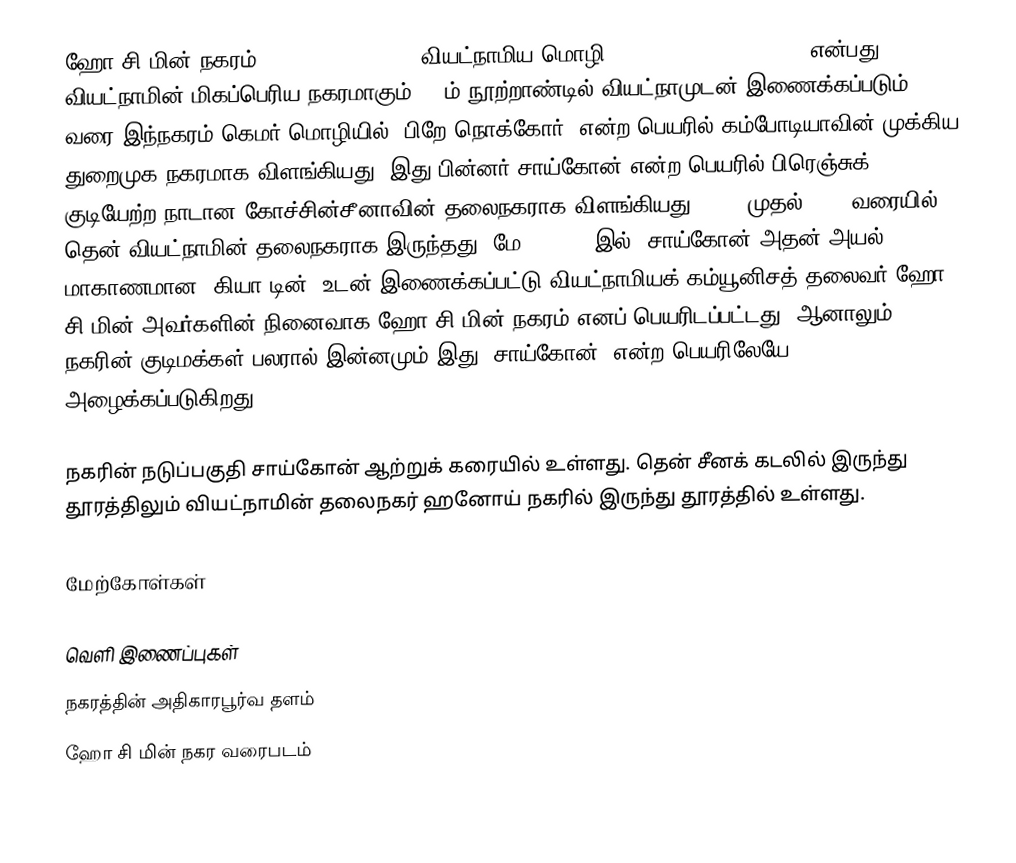
ஹோ சி மின் நகரம் (Ho Chi Minh City, வியட்நாமிய மொழி: Thành phố Hồ Chí Minh) என்பது வியட்நாமின் மிகப்பெரிய நகரமாகும். 17ம் நூற்றாண்டில் வியட்நாமுடன் இணைக்கப்படும் வரை இந்நகரம் கெமர் மொழியில் "பிறே நொக்கோர்" என்ற பெயரில் கம்போடியாவின் முக்கிய துறைமுக நகரமாக விளங்கியது. இது பின்னர் சாய்கோன் என்ற பெயரில் பிரெஞ்சுக் குடியேற்ற நாடான கோச்சின்சீனாவின் தலைநகராக விளங்கியது. 1954 முதல் 1975 வரையில் தென் வியட்நாமின் தலைநகராக இருந்தது. மே 1, 1975 இல், சாய்கோன் அதன் அயல் மாகாணமான 'கியா டின்' உடன் இணைக்கப்பட்டு வியட்நாமியக் கம்யூனிசத் தலைவர் ஹோ சி மின் அவர்களின் நினைவாக ஹோ சி மின் நகரம் எனப் பெயரிடப்பட்டது. ஆனாலும் நகரின் குடிமக்கள் பலரால் இன்னமும் இது "சாய்கோன்" என்ற பெயரிலேயே அழைக்கப்படுகிறது.

நகரின் நடுப்பகுதி சாய்கோன் ஆற்றுக் கரையில் உள்ளது. தென் சீனக் கடலில் இருந்து  தூரத்திலும் வியட்நாமின் தலைநகர் ஹனோய் நகரில் இருந்து  தூரத்தில் உள்ளது.

மேற்கோள்கள்

வெளி இணைப்புகள்
 நகரத்தின் அதிகாரபூர்வ தளம்
 ஹோ சி மின் நகர வரைபடம்